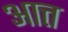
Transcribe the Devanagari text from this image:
आत्त